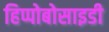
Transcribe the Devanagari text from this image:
हिप्पोबोसाइडी